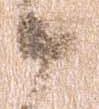
候